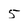
Character: 5